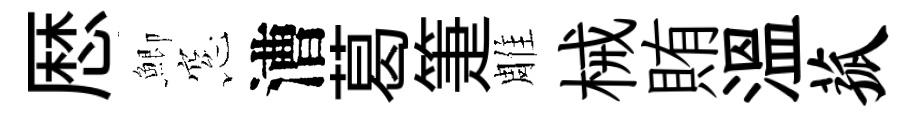
厯鯽窓漕葛箑雕械賄溫菰